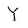
Character: Y